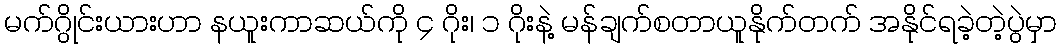
မက်ဂွိုင်းယားဟာ နယူးကာဆယ်ကို ၄ ဂိုး၊ ၁ ဂိုးနဲ့ မန်ချက်စတာယူနိုက်တက် အနိုင်ရခဲ့တဲ့ပွဲမှာ